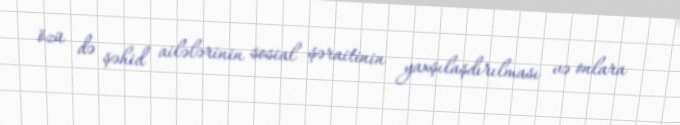
özü də şəhid ailələrinin sosial şəraitinin yaxşılaşdırılması və onlara